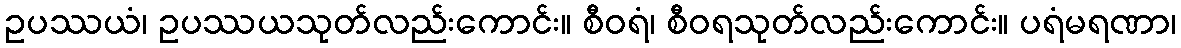
ဥပဿယံ၊ ဥပဿယသုတ်လည်းကောင်း။ စီဝရံ၊ စီဝရသုတ်လည်းကောင်း။ ပရံမရဏာ၊